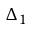
\Delta _ { 1 }